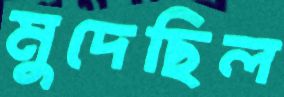
মুদেছিল